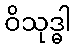
ဝိသုဒ္ဓါ